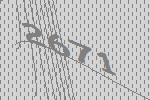
2671